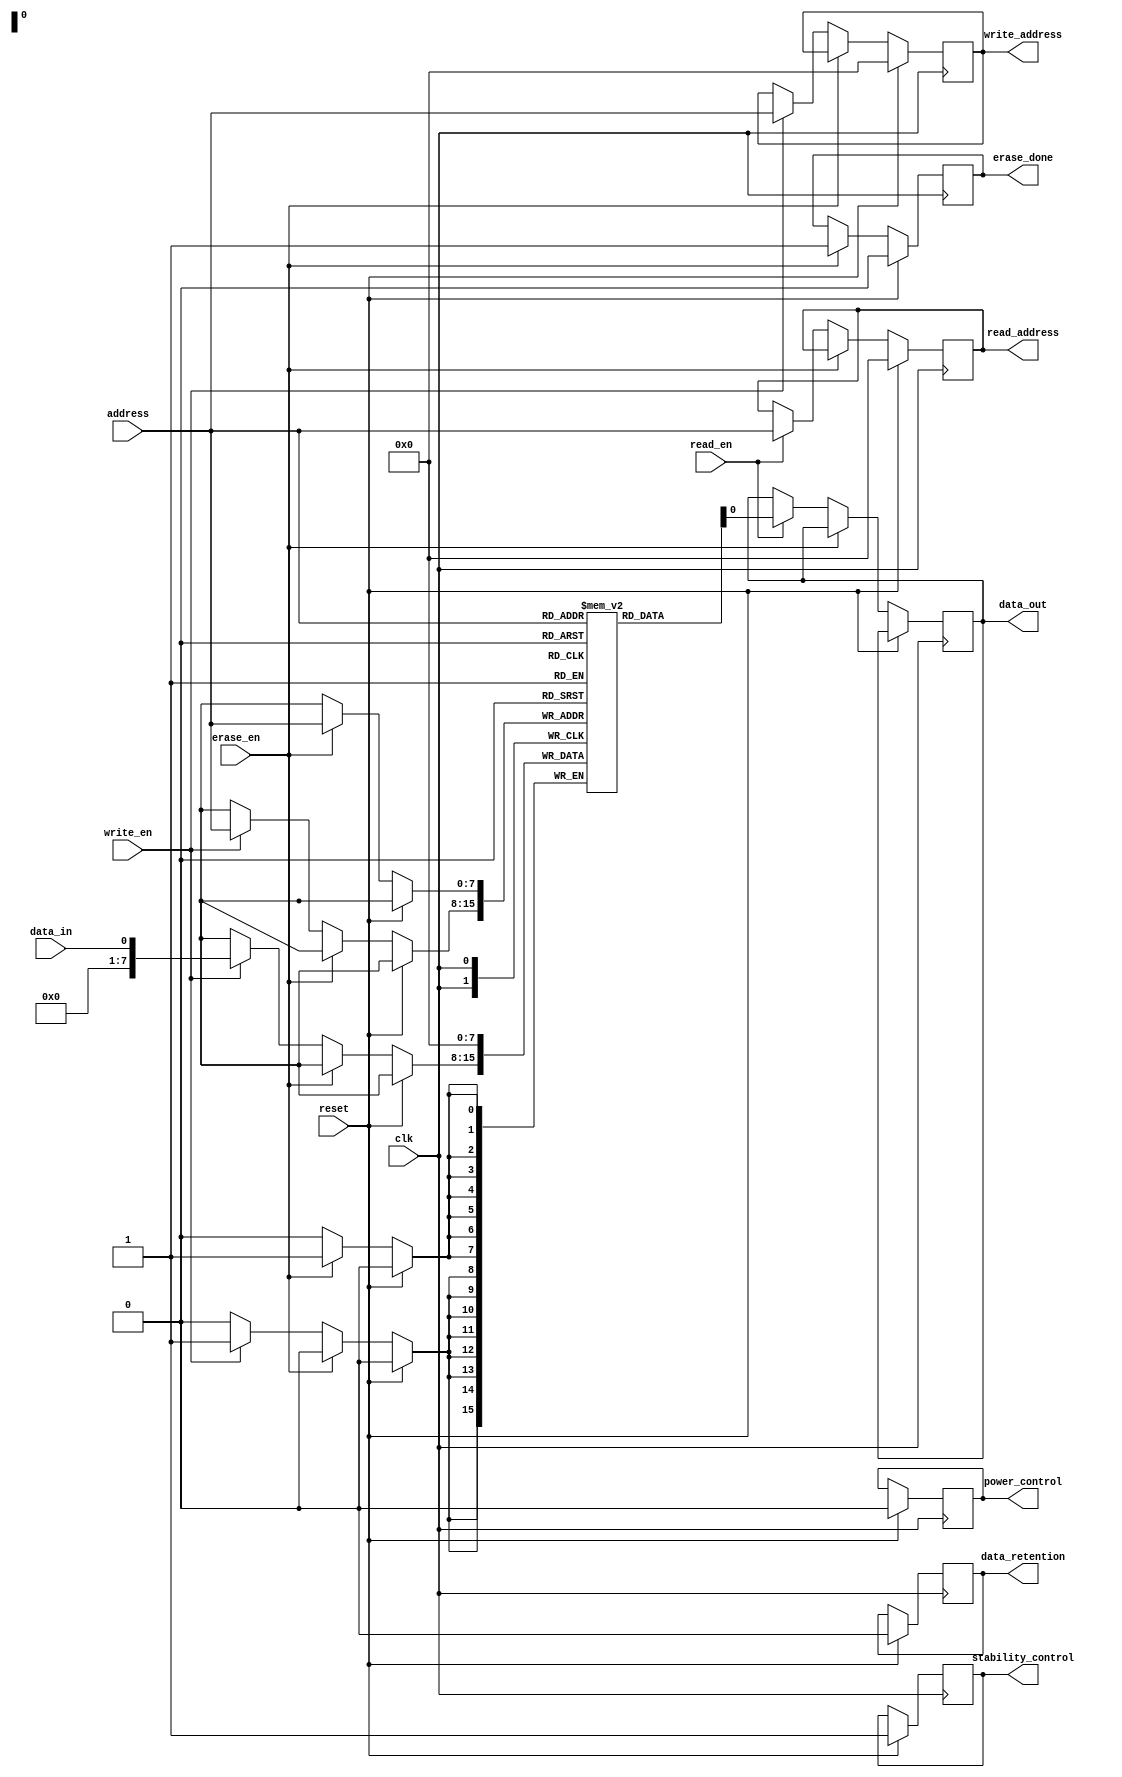
module PCM_Memory (
    input wire clk,
    input wire reset,
    input wire read_en,
    input wire write_en,
    input wire erase_en,
    input wire [7:0] address,
    input wire data_in,
    output reg data_out,
    output reg erase_done,
    output reg [7:0] read_address,
    output reg [7:0] write_address,
    output reg power_control,
    output reg data_retention,
    output reg stability_control
);

reg [7:0] memory [0:255];

always @(posedge clk) begin
    if (reset) begin
        erase_done <= 0;
        read_address <= 0;
        write_address <= 0;
        power_control <= 0;
        data_retention <= 0;
        stability_control <= 1;
    end
    else begin
        if (erase_en) begin
            memory[address] <= 0;
            erase_done <= 1;
        end
        else begin
            if (read_en) begin
                data_out <= memory[address];
                read_address <= address;
            end
            if (write_en) begin
                memory[address] <= data_in;
                write_address <= address;
            end
        end
    end
end

endmodule